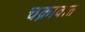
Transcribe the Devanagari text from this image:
चक्रावात